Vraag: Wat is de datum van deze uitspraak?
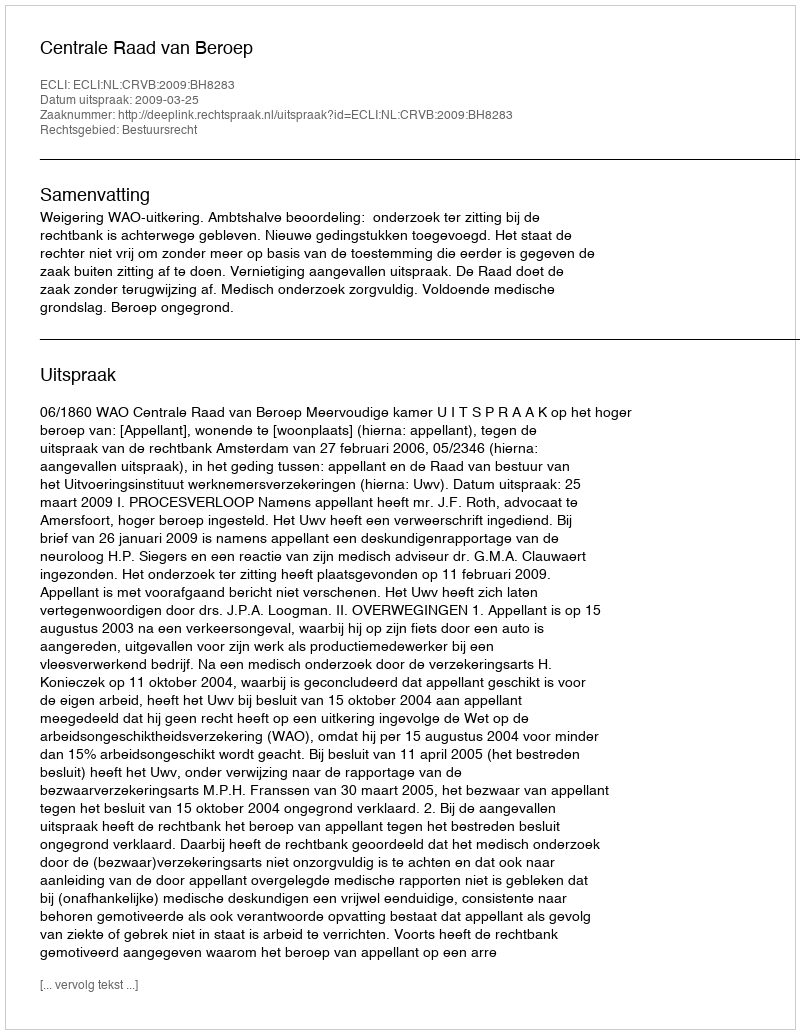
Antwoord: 2009-03-25